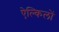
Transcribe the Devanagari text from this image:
ऐल्किलों